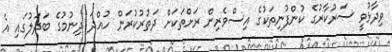
ވިދާޅުވީ ސަރުކާރުގެ ކުންފުނިތަކުގެ އިސްވެރިން ރަށްތަކަށް ދަތުރުކުރަން ހުއްދަ ދިނުމުގެ ބަދަލުގައި އެ